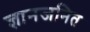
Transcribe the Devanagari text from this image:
ज्ञानजनित